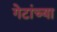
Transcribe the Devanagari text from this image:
गेटांच्या